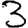
Digit: 3